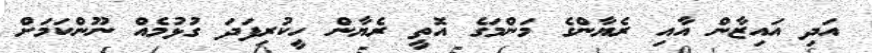
އަދި އައިޒާން އާއި ރެޔާންގެ މަންމަގެ އޮތީ ރެޔާން ހީކުރިފަދަ ގުޅުމެއް ނޫންކަމަށް